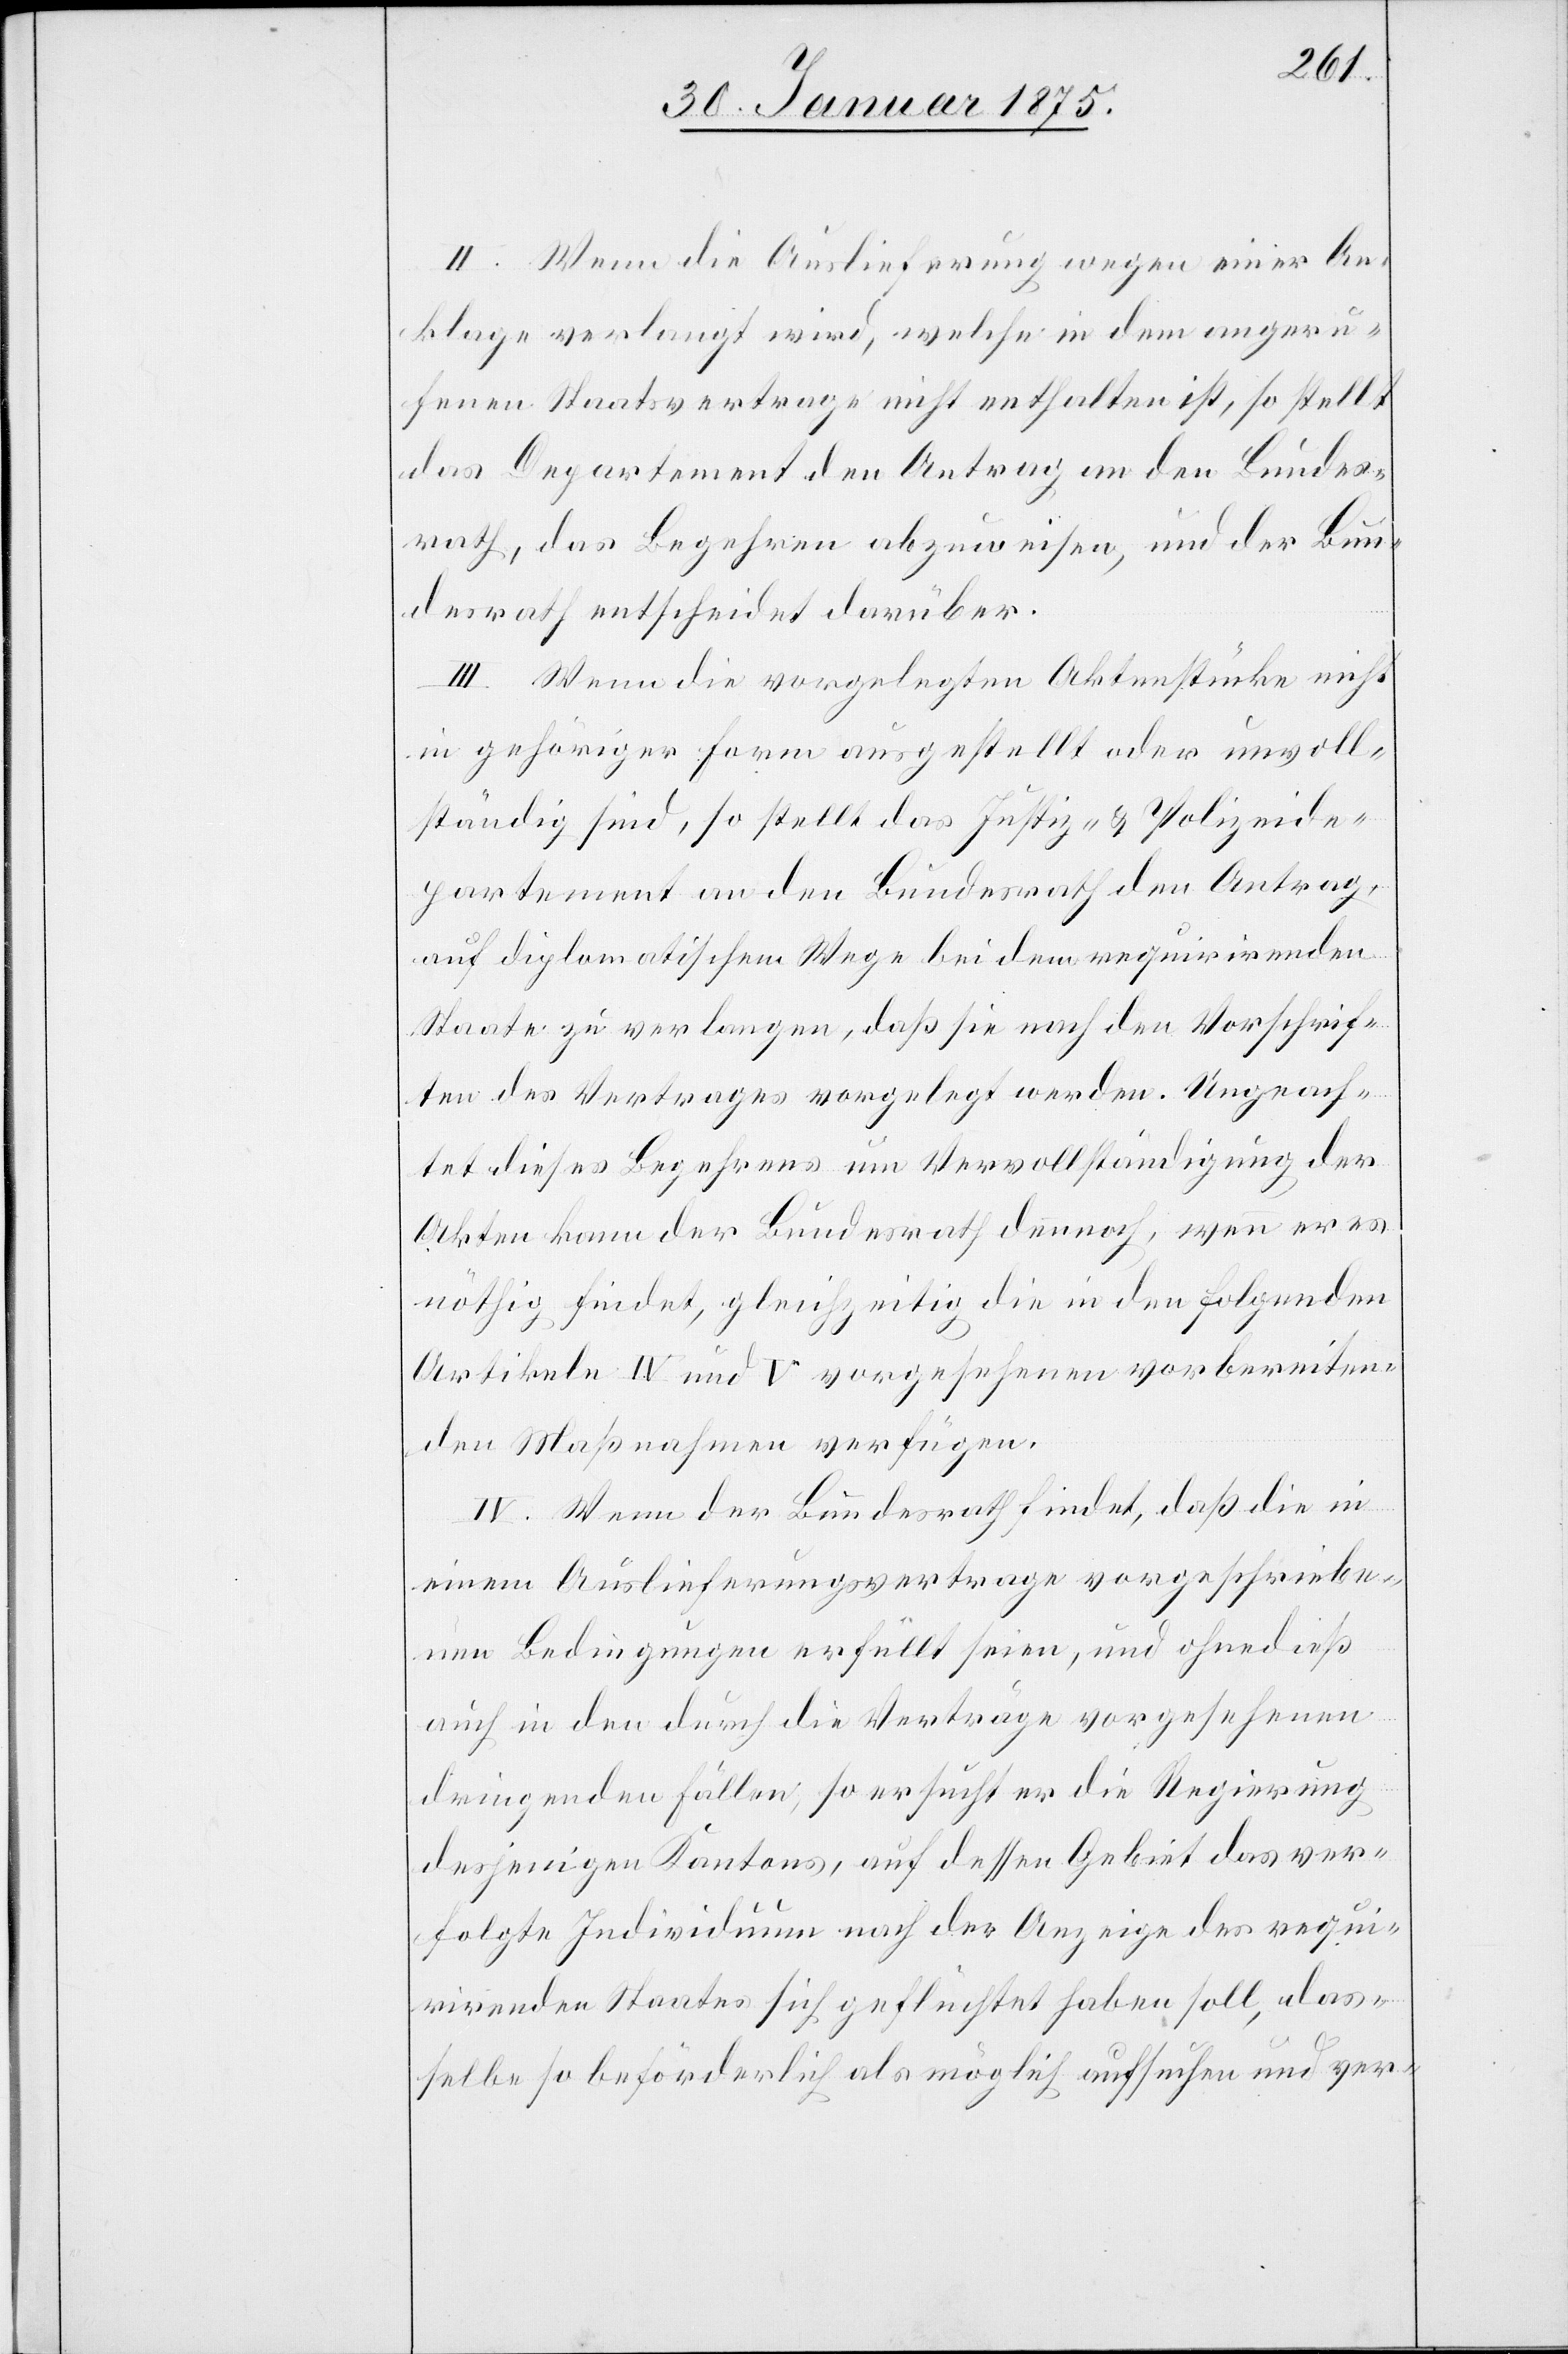
II. Wenn die Auslieferung wegen einer An¬
klage verlangt wird, welche in dem angeru¬
fenen Staatsvertrage nicht enthalten ist, so stellt
das Departement den Antrag an den Bundes¬
rath, das Begehren abzuweisen, und der Bun¬
desrath entscheidet darüber.
III. Wenn die vorgelegten Aktenstücke nicht
in gehöriger Form ausgestellt oder unvoll¬
ständig sind, so stellt das Justiz- u. Polizeide¬
partement an den Bundesrath den Antrag,
auf diplomatischem Wege bei dem requirirenden
Staate zu verlangen, daß sie nach den Vorschrif¬
ten des Vertrages vorgelegt werden. Ungeach¬
tet dieses Begehrens um Vervollständigung der
Akten kann der Bundesrath dennoch, wenn er es
nöthig findet, gleichzeitig die in den folgenden
Artikeln IV und V vorgesehenen vorbereiten¬
den Maßnahmen verfügen.
IV. Wenn der Bundesrath findet, daß die in
einem Auslieferungsvertrage vorgeschriebe¬
nen Bedingungen erfüllt seien, und ohnedieß
auch in den durch die Verträge vorgesehenen
dringenden Fällen, so ersucht er die Regierung
desjenigen Kantons, auf dessen Gebiet das ver¬
folgte Individuum nach der Anzeige des requi¬
rirenden Staates sich geflüchtet haben soll, das¬
selbe so beförderlich als möglich aufsuchen und ver-